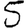
Digit: 5